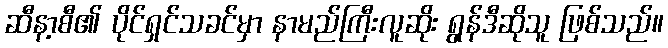
ဆီနာ့စီ၏ ပိုင်ရှင်သခင်မှာ နာမည်ကြီးလူဆိုး ရွန်ဒီဆိုသူ ဖြစ်သည်။